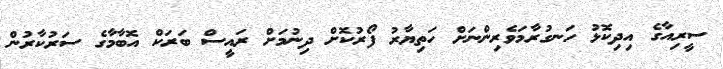
ސީރިއާގެ އިދިކޮޅު ހަނގުރާމަވެރިންނަށް ހަތިޔާރު ފޯރުކޮށް ދިނުމަށް ރައީސް ބަރަކް އޮބާމާގެ ސަރުކާރުން